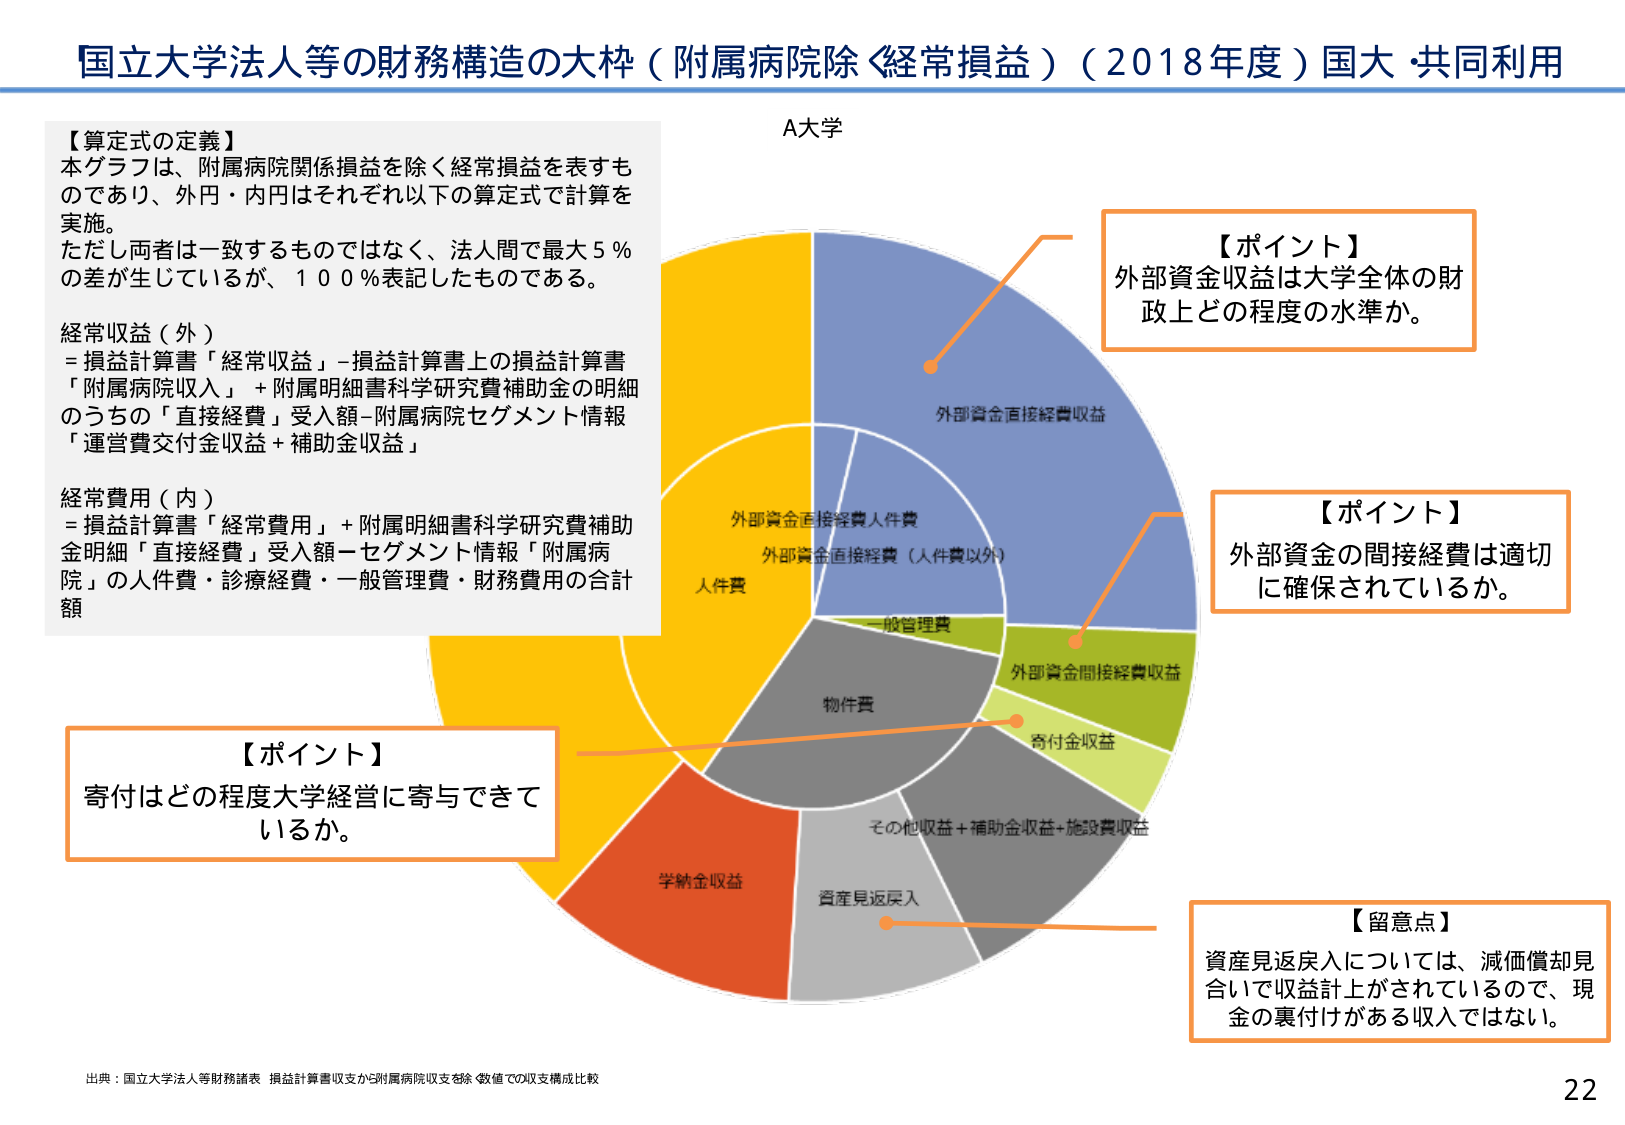
国立大学法人等の財務構造の大枠（附属病院除く経常損益）（2018年度）国大・共同利用

【算定式の定義】
本グラフは、附属病院関係損益を除く経常損益を表すものであり、外円・内円はそれぞれ以下の算定式で計算を実施。
ただし両者は一致するものではなく、法人間で最大5％の差が生じているが、100％表記したものである。

経常収益（外）
＝損益計算書「経常収益」－損益計算書上の損益計算書「附属病院収入」＋附属明細書科学研究費補助金の明細のうちの「直接経費」受入額－附属病院セグメント情報「運営費交付金収益＋補助金収益」

経常費用（内）
＝損益計算書「経常費用」＋附属明細書科学研究費補助金明細「直接経費」受入額－セグメント情報「附属病院」の人件費・診療経費・一般管理費・財務費用の合計額

A大学

【ポイント】
外部資金収益は大学全体の財政上どの程度の水準か。

【ポイント】
外部資金の間接経費は適切に確保されているか。

【ポイント】
寄付はどの程度大学経営に寄与できているか。

【留意点】
資産見返戻入については、減価償却見合いで収益計上がされているので、現金の裏付けがある収入ではない。

出典：国立大学法人等財務諸表 損益計算書収支から附属病院収支を除く数値での収支構成比較

22